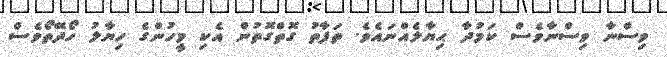
ވިސްނާ ވިސްނާވެސް ކަމުދާ ޙިޔާލެއްނައެވެ. ތަފާތު ގޮތްގޮތުން އެކި މީހުންގެ ހިޔާލު ހޯދޭތޯވެސް